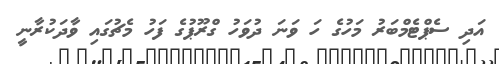
އަދި ސެޕްޓެމްބަރު މަހުގެ ހަ ވަނަ ދުވަހު ގްރޫޕުގެ ފަހު މެޗުގައި ވާދަކުރާނީ